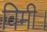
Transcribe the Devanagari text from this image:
विमी।